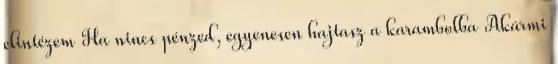
elintézem Ha nincs pénzed, egyenesen hajtasz a karambolba Akármi